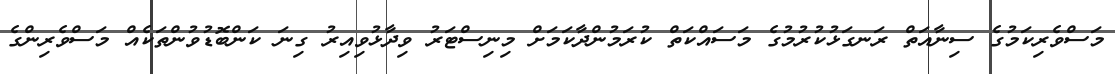
މަސްވެރިކަމުގެ ސިނާއަތް ރަނގަޅުކުރުމުގެ މަސައްކަތް ކުރަމުންދާކަމަށް މިނިސްޓަރު ވިދާޅުވިއިރު ގިނަ ކަންބޮޑުވުންތަކެއް މަސްވެރިންގެ